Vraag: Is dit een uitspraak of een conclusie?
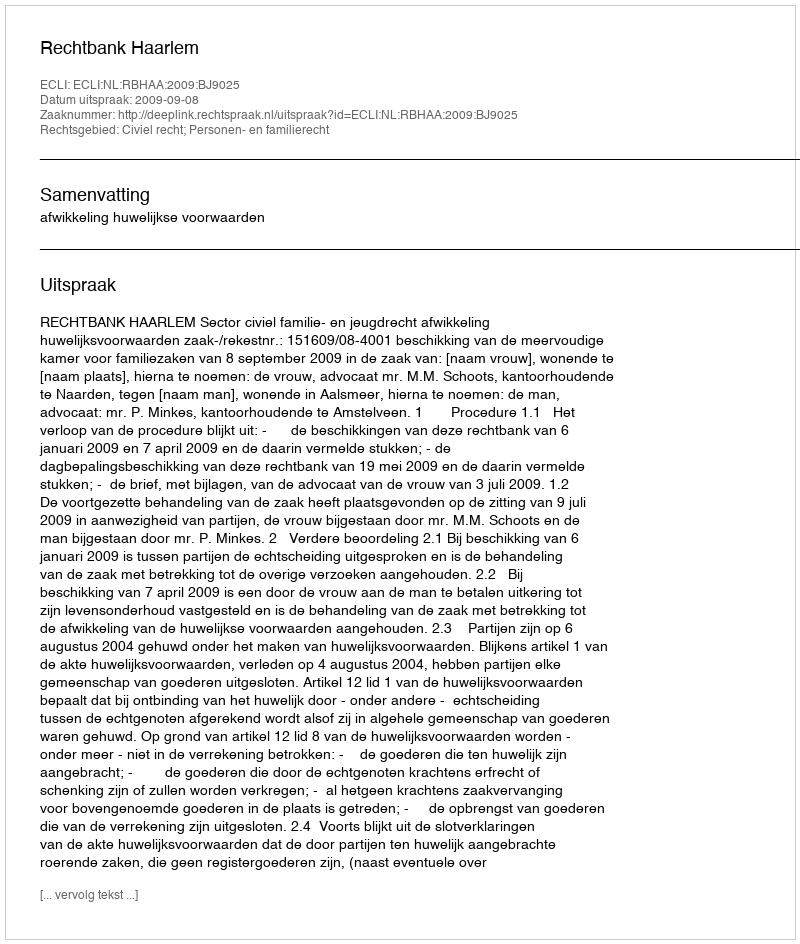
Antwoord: Uitspraak